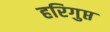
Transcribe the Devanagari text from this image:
हरिगुप्त